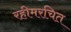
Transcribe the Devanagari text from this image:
रहीमरचित